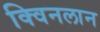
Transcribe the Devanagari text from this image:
क्विनलान